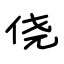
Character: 侥